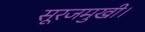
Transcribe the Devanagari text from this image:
सूरजमुखी।